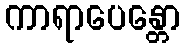
ကာရာပေန္တော